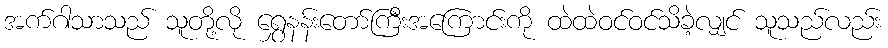
အက်ဂါသာသည် သူတို့လို ရွှေနန်းတော်ကြီးအကြောင်းကို ထဲထဲဝင်ဝင်သိခဲ့လျှင် သူသည်လည်း